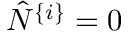
\hat { N } ^ { \{ i \} } = 0